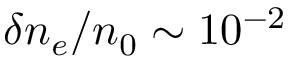
\delta n _ { e } / n _ { 0 } \sim 1 0 ^ { - 2 }